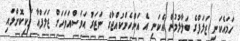
ހަމައެކަނި ޒަލަފްގެ ބަލާލުމުން އެކަނި އެ އަންހެންކުއްޖާގެ ނަޒަރު އަވަސްއަވަހަށް ޒަލަފްއާ ވަކިކޮށްލައި